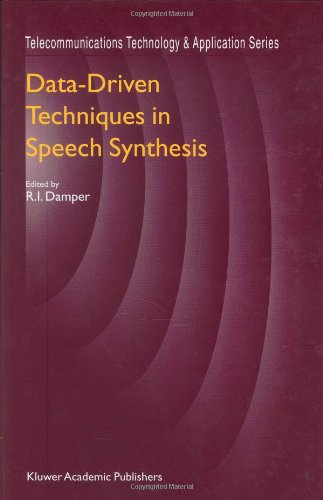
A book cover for Data-Driven Techniques in Speech Synthesis (Telecommunications Technology & Applications Series); Computers & Technology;